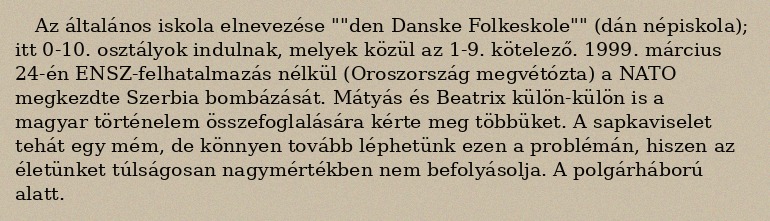
Az általános iskola elnevezése ""den Danske Folkeskole"" (dán népiskola); itt 0-10. osztályok indulnak, melyek közül az 1-9. kötelező. 1999. március 24-én ENSZ-felhatalmazás nélkül (Oroszország megvétózta) a NATO megkezdte Szerbia bombázását. Mátyás és Beatrix külön-külön is a magyar történelem összefoglalására kérte meg többüket. A sapkaviselet tehát egy mém, de könnyen tovább léphetünk ezen a problémán, hiszen az életünket túlságosan nagymértékben nem befolyásolja. A polgárháború alatt.